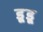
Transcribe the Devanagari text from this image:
डूडू